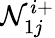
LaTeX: \mathcal{N}_{1j}^{i+}